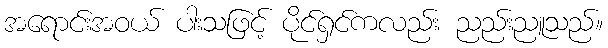
အရောင်းအဝယ် ပါးသဖြင့် ပိုင်ရှင်ကလည်း ညည်းညူသည်။